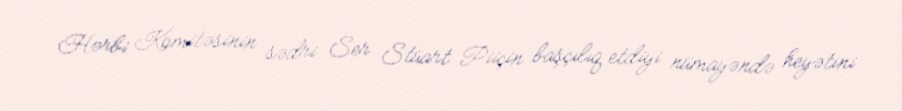
Hərbi Komitəsinin sədri Ser Stüart Piiçin başçılıq etdiyi nümayəndə heyətini